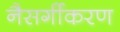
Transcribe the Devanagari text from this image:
नैसर्गीकरण